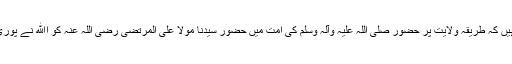
مکتوبات شریف میں فرماتے ہیں کہ طریقہ ولایت پر حضور صلی اللہ علیہ وآلہ وسلم کی اُمت میں حضور سیدنا مولا علی المرتضیٰ رضی اللہ عنہ کو اﷲ نے پوری ولایت کا منبع اور فاتح بنایا۔